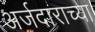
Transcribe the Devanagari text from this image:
अर्जदाराच्या